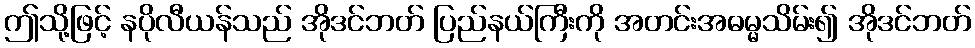
ဤသို့ဖြင့် နပိုလီယန်သည် အိုဒင်ဘတ် ပြည်နယ်ကြီးကို အတင်းအဓမ္မသိမ်း၍ အိုဒင်ဘတ်